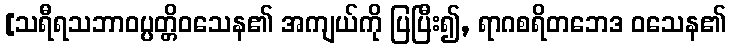
[သရီရသဘာဝပ္ပတ္တိဝသေန၏ အကျယ်ကို ပြပြီး၍, ရာဂစရိတဘေဒ ဝသေန၏